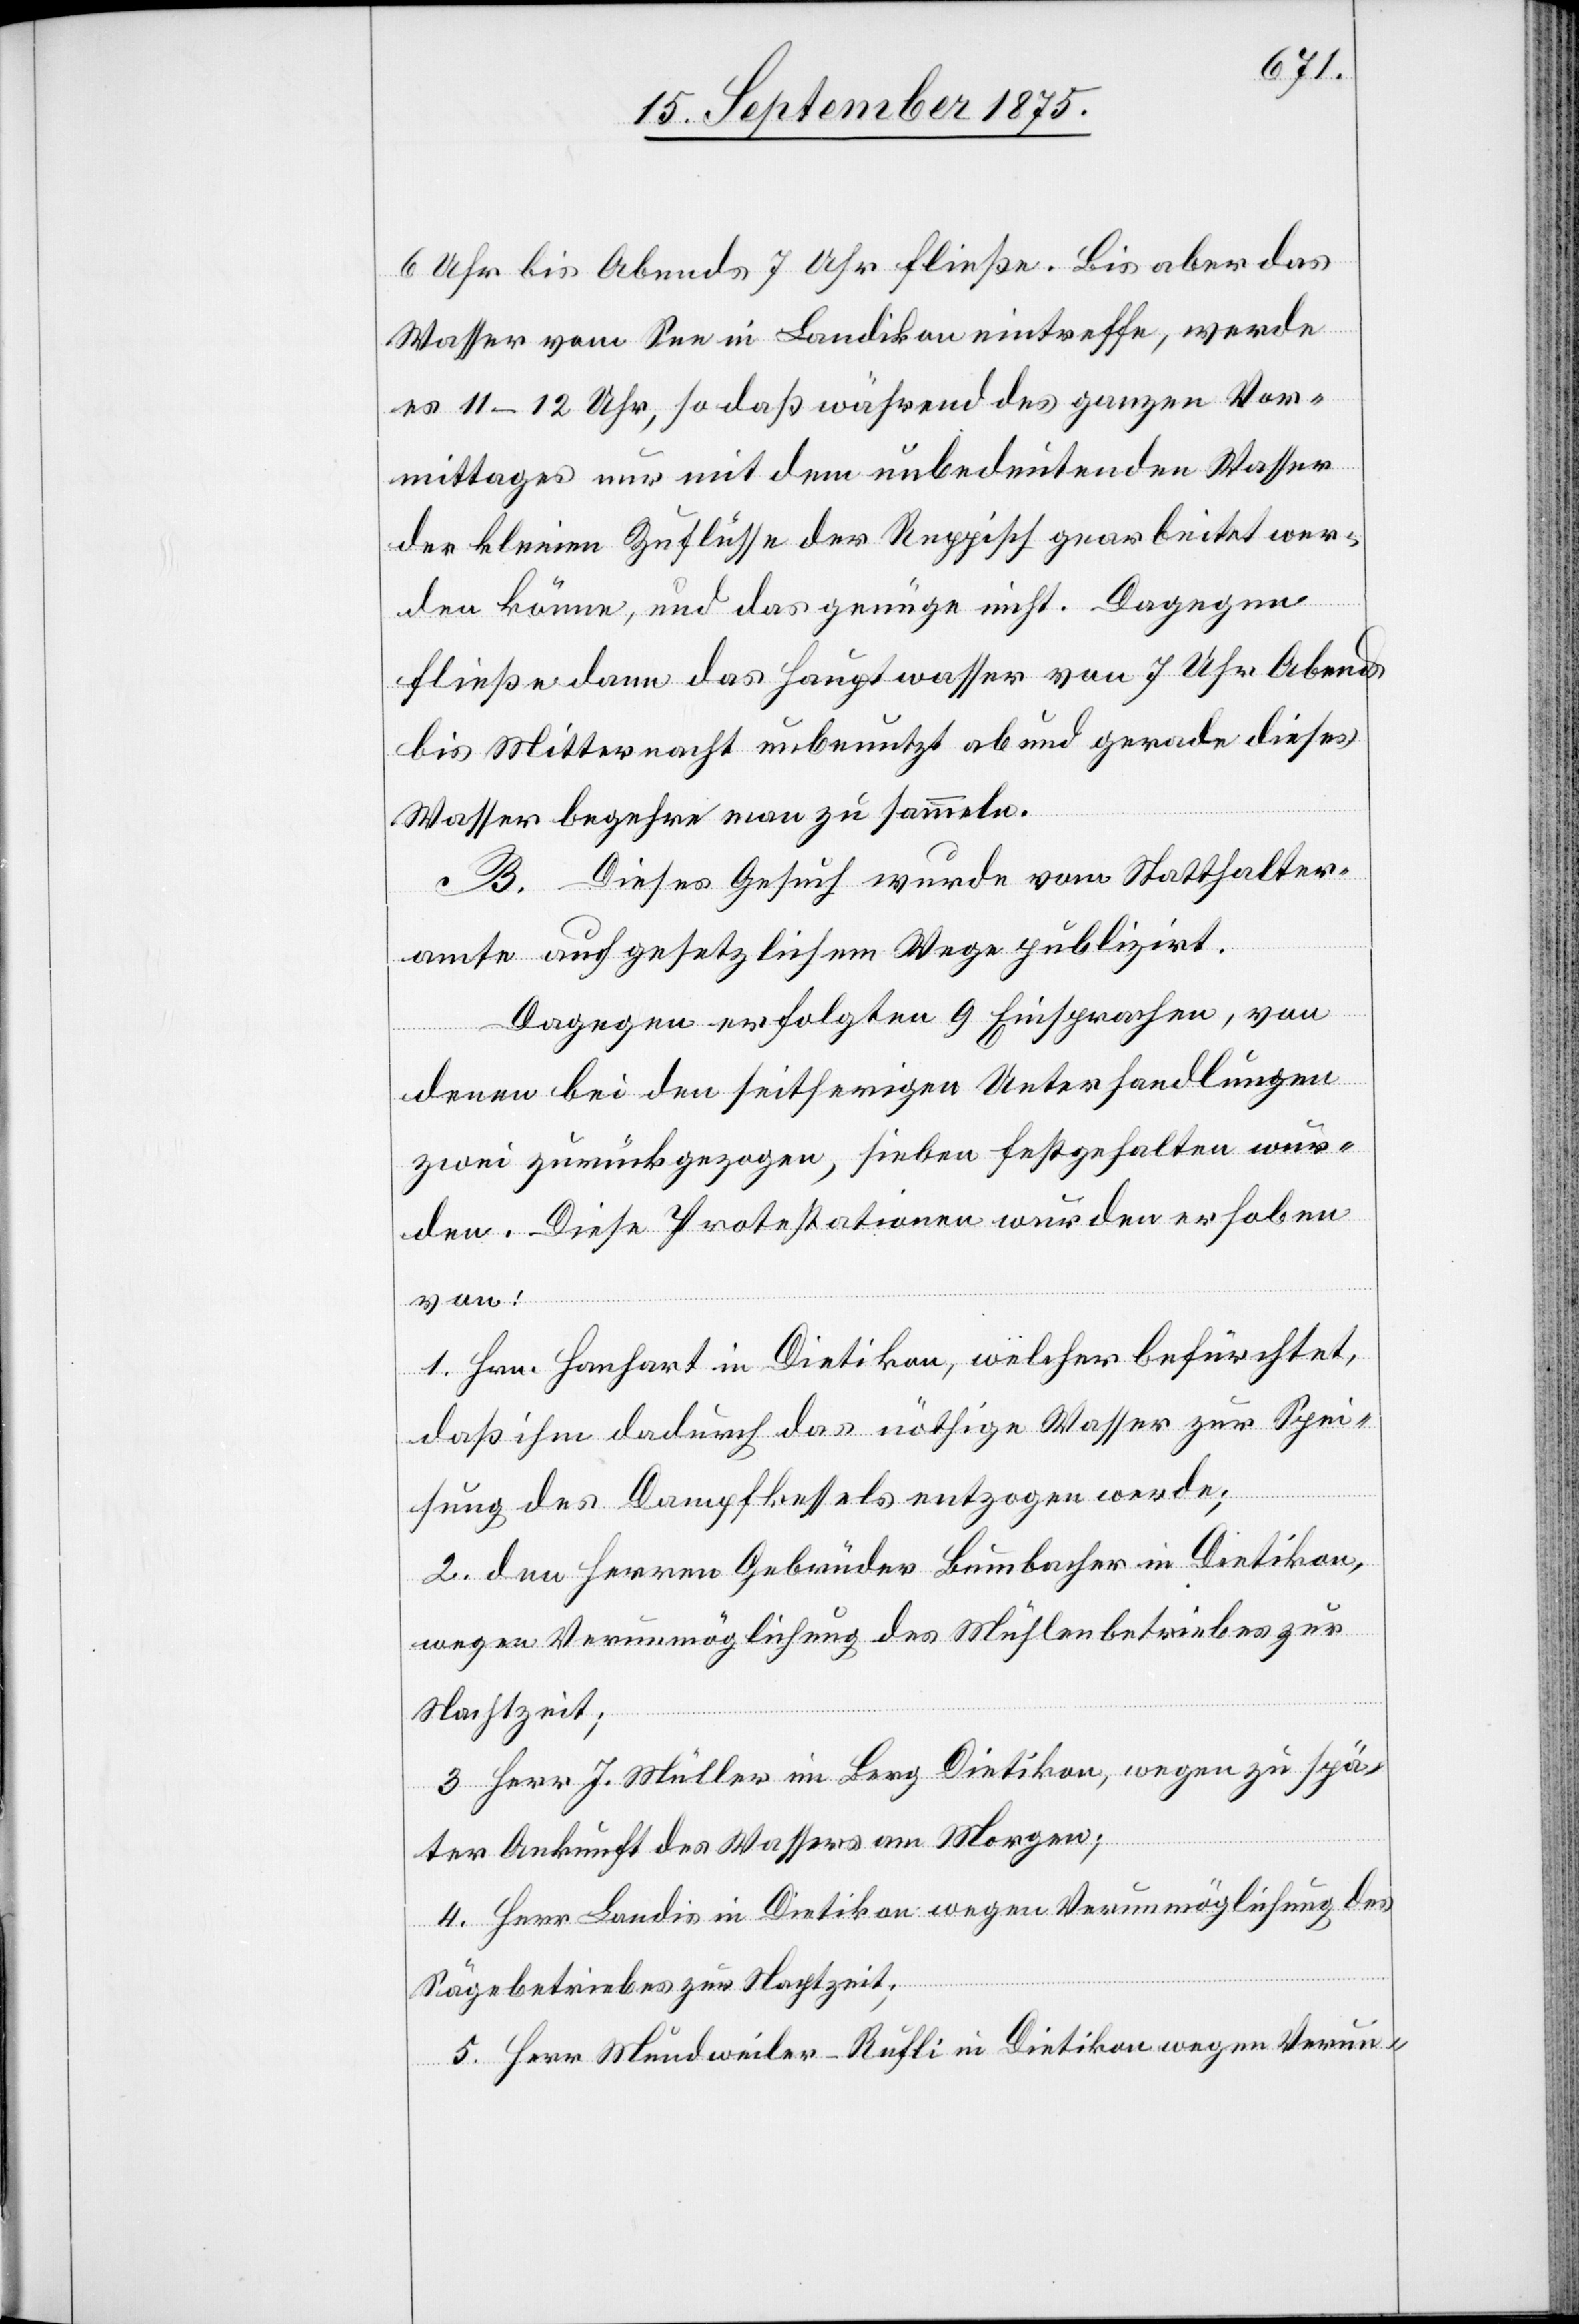
6 Uhr bis Abends 7 Uhr fließe. Bis aber das
Wasser vom See in Landikon eintreffe, werde
es 11–12 Uhr, so daß während des ganzen Vor¬
mittages nur mit dem unbedeutenden Wasser
der kleinen Zuflüsse der Reppisch gearbeitet wer¬
den könne, und das genüge nicht. Dagegen
fließe dann das Hauptwasser von 7 Uhr Abends
bis Mitternacht unbenutzt ab und gerade dieses
Wasser begehre man zu sammeln.
B. Dieses Gesuch wurde vom Statthalter¬
amte auf gesetzlichem Wege publizirt.
Dagegen erfolgten 9 Einsprachen, von
denen bei den seitherigen Unterhandlungen
zwei zurückgezogen, sieben festgehalten wur¬
den. Diese Protestationen wurden erhoben
1. Hrn. Hanhart in Dietikon, welcher befürchtet,
daß ihm dadurch das nöthige Wasser zur Spei¬
sung des Dampfkessels entzogen werde;
2. den Herren Gebrüder Bumbacher in Dietikon,
wegen Verunmöglichung des Mühlenbetriebes zur
Nachtzeit;
3. Herr J. Müller im Berg Dietikon, wegen zu spä¬
ter Ankunft des Wassers am Morgen;
4. Herr Landis in Dietlikon wegen Verunmöglichung des
Sägebetriebes zur Nachtzeit;
5. Herr Mundweiler-Rufli in Dietikon wegen Verun-